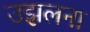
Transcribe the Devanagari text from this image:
उझलना